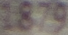
1879